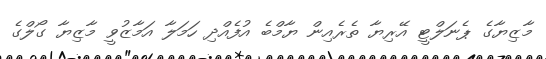
މާޒިޔާގެ ޕެނަލްޓީ އޭރިޔާ ތެރެއިން ޔާމްބެ އުފެއްދި ހަމަލާ އަމާޒުވީ މާޒިޔާ ގޯލްގެ